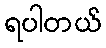
ရပါတယ်